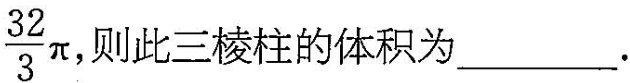
$$\frac{32}{3} \pi$$ 则此三棱柱的体积为______.